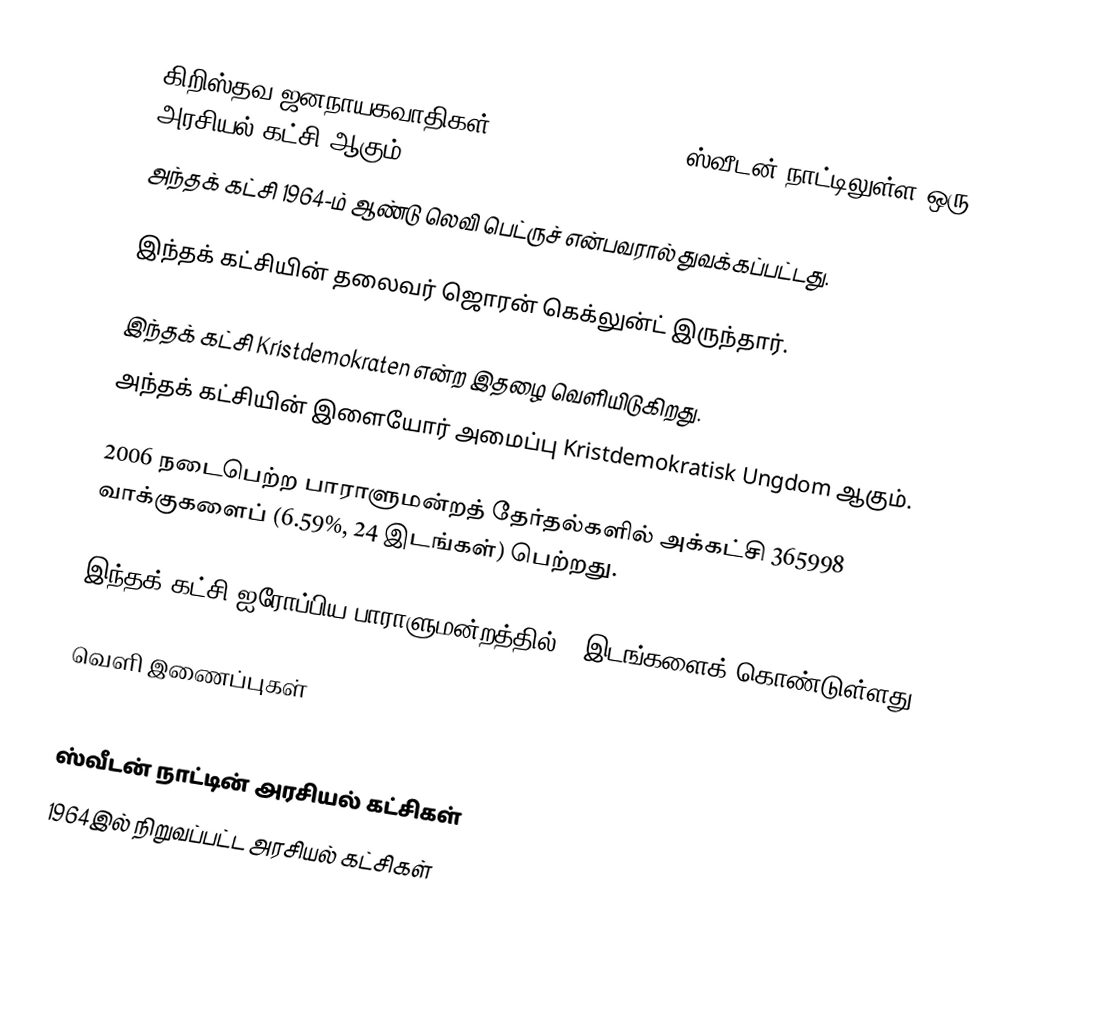
கிறிஸ்தவ ஜனநாயகவாதிகள் (Kristdemokraterna) ஸ்வீடன் நாட்டிலுள்ள ஒரு அரசியல் கட்சி ஆகும்.
அந்தக் கட்சி 1964-ம் ஆண்டு லெவி பெட்ருச் என்பவரால் துவக்கப்பட்டது.

இந்தக் கட்சியின் தலைவர் ஜொரன் கெக்லுன்ட் இருந்தார்.

இந்தக் கட்சி Kristdemokraten என்ற இதழை வெளியிடுகிறது.
அந்தக் கட்சியின் இளையோர் அமைப்பு Kristdemokratisk Ungdom ஆகும்.

2006 நடைபெற்ற பாராளுமன்றத் தேர்தல்களில் அக்கட்சி 365998 வாக்குகளைப் (6.59%, 24 இடங்கள்) பெற்றது.

இந்தக் கட்சி ஐரோப்பிய பாராளுமன்றத்தில் 2 இடங்களைக் கொண்டுள்ளது.

வெளி இணைப்புகள்
 www.kristdemokraterna.se

ஸ்வீடன் நாட்டின் அரசியல் கட்சிகள்
1964இல் நிறுவப்பட்ட அரசியல் கட்சிகள்